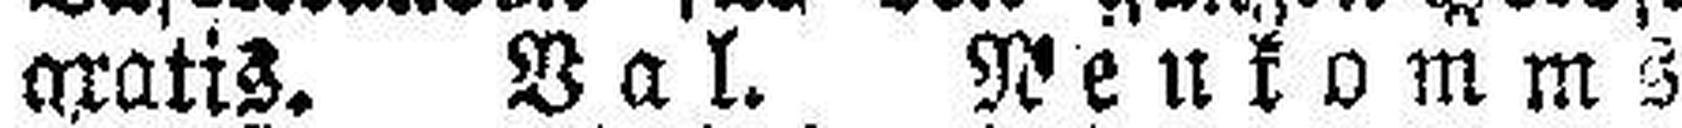
gratis. Val. Neukomms